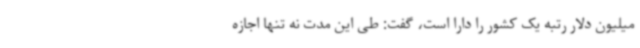
میلیون دلار رتبه یک کشور را دارا است، گفت: طی این مدت نه تنها اجازه